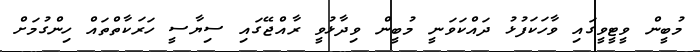
މުބީން ވީޓީވީގައި ވާހަކަފުޅު ދައްކަވަނީ މުބީން ވިދާޅުވީ ރާއްޖޭގައި ސިޔާސީ ހަރަކާތްތައް ހިންގުމަށް